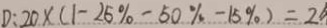
D : 2 0 \times ( 1 - 2 5 \% - 5 0 \% - 1 5 \% ) = 2